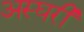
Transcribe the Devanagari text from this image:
अस्घरी